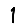
Digit: 1